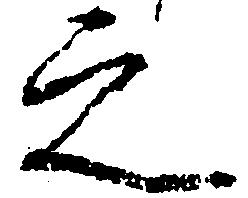
之